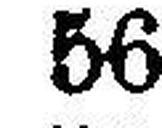
56